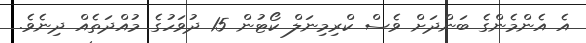
އެ އެންމެންގެ ބަންދަށް ވެސް ކްރިމިނަލް ކޯޓުން 15 ދުވަހުގެ މުއްދަތެއް ދިނެވެ.